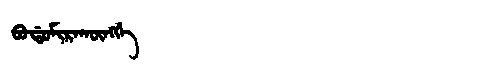
Manchu: ᠪᠣᡩᠣᠮᡳᡵᠠᡴᡡᠩᡤᡝ
Romanization: BODOMIRAKŪNGGE